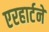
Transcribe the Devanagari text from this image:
एरहार्टने